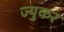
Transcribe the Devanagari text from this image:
ज्युकर